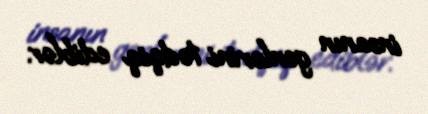
insanın genlərini tədqiq ediblər.